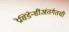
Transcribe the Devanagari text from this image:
प्रेसिडेन्सींअंतर्गतची